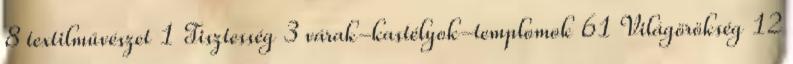
8 textilművészet 1 Tisztesség 3 várak-kastélyok-templomok 61 Világörökség 12